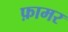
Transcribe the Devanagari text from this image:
फ़ामर